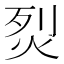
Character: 烮